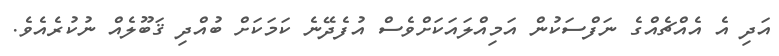
އަދި އެ އެއްޗެއްގެ ނަފްސަކުން އަމިއްލައަކަށްވެސް އުފެދޭނެ ކަމަކަށް ބުއްދި ޤަބޫލެއް ނުކުރެއެވެ.